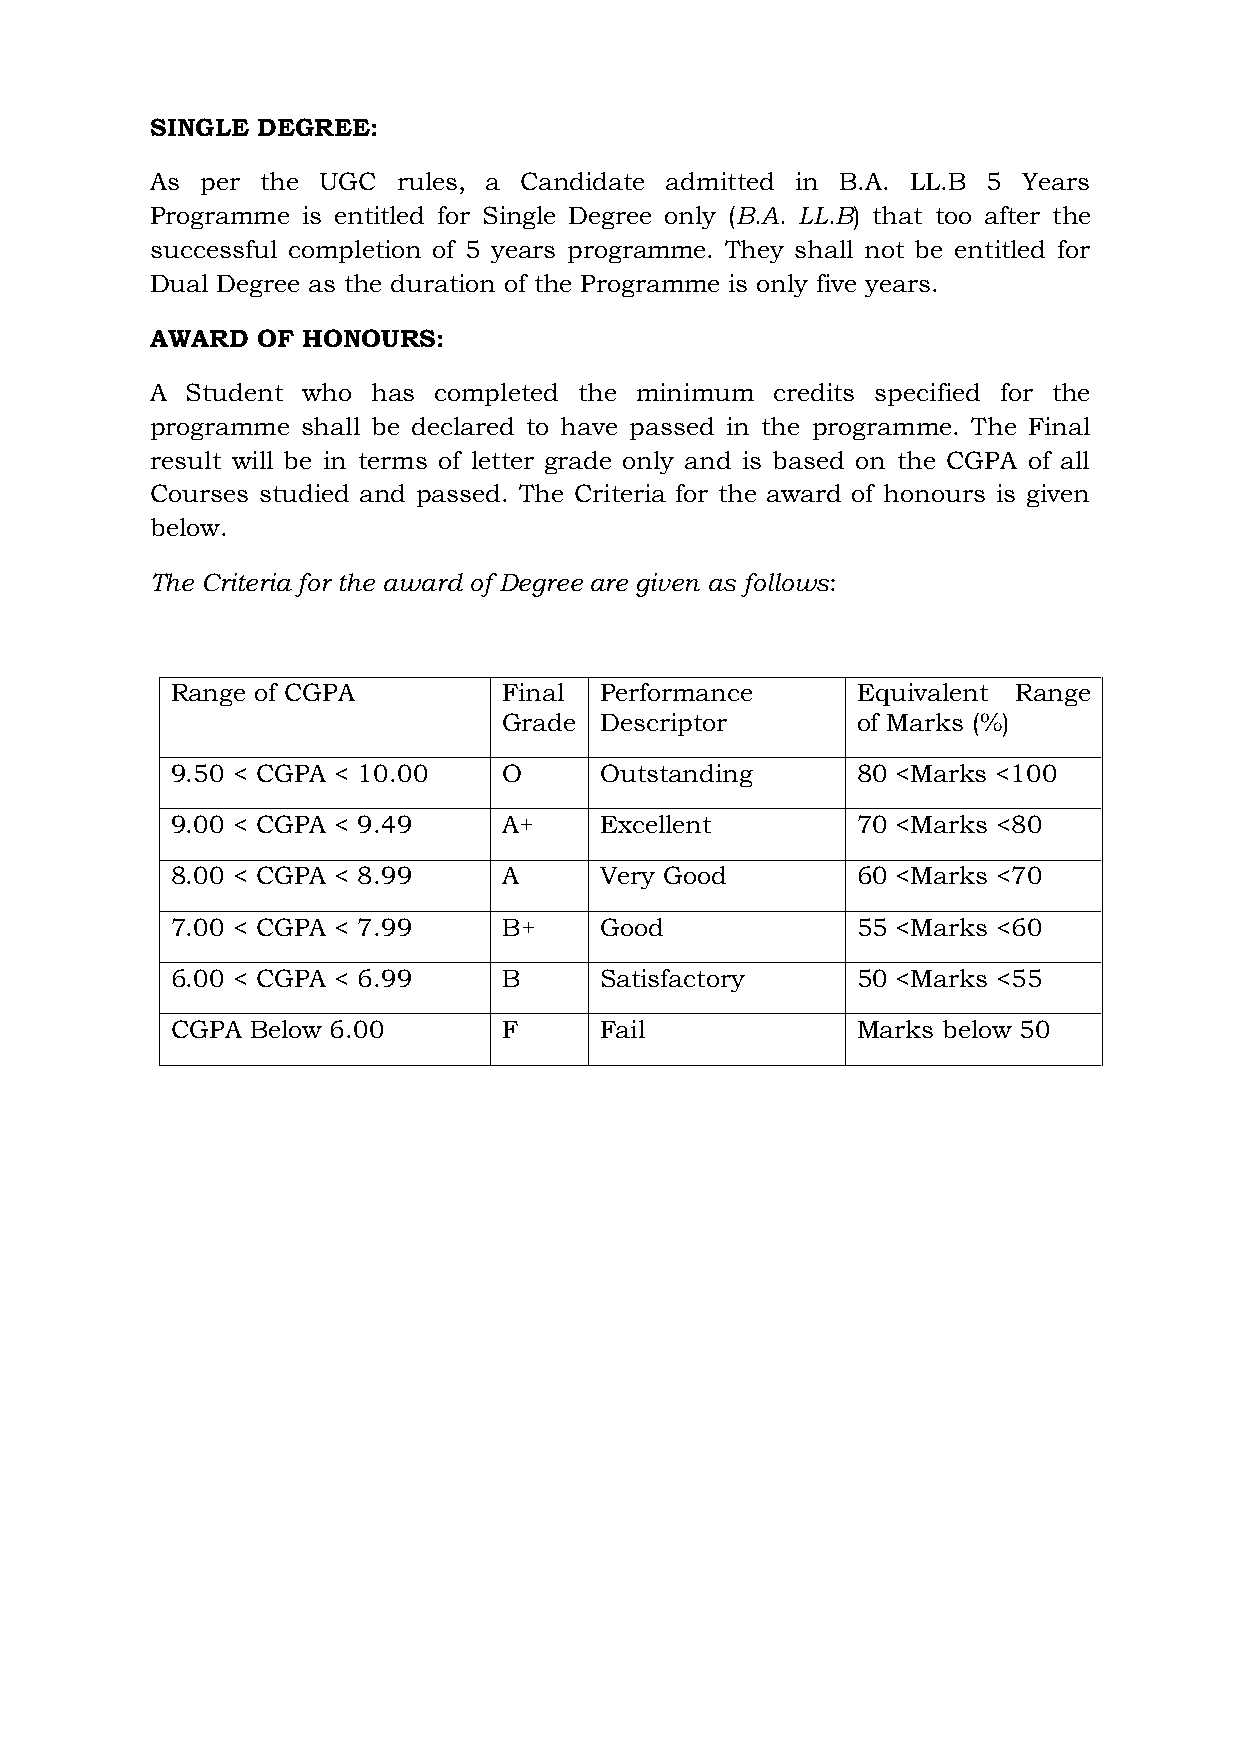
SINGLE DEGREE:
 As per the UGC  rules, a Candidate admitted in B.A. LL.B 5 Years
 Programme is entitled for Single Degree only (B.A. LL.B) that too after the
 successful completion of 5 years programme. They shall not be entitled for
 Dual Degree as the duration of the Programme is only five years.
 AWARD  OF HONOURS:
 A Student who  has completed the minimum credits specified for the
 programme shall be declared to have passed in the programme. The Final
 result will be in terms of letter grade only and is based on the CGPA of all
 Courses studied and passed. The Criteria for the award of honours is given
 below.
 The Criteria for the award of Degree are given as follows:
 Range of CGPA         Final  Performance      Equivalent Range
 Grade  Descriptor       of Marks (%)
 9.50 < CGPA < 10.00   O      Outstanding      80 <Marks <100
 9.00 < CGPA < 9.49    A+     Excellent        70 <Marks <80
 8.00 < CGPA < 8.99    A      Very Good        60 <Marks <70
 7.00 < CGPA < 7.99    B+     Good             55 <Marks <60
 6.00 < CGPA < 6.99    B      Satisfactory     50 <Marks <55
 CGPA  Below 6.00      F      Fail             Marks below 50